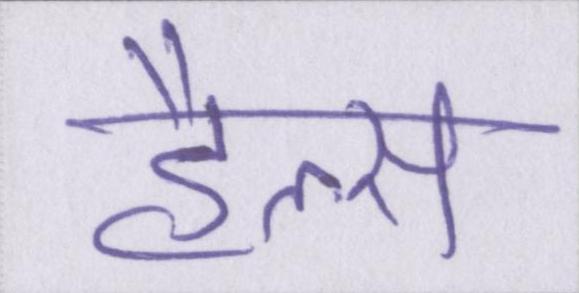
हैल्स